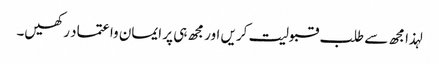
لہذا مجھ سے طلب قبولیت کریں اور مجھ ہی پر ایمان وا عتماد رکھیں۔